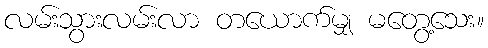
လမ်းသွားလမ်းလာ တယောက်မျှ မတွေ့သေး။